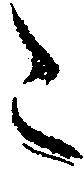
こ